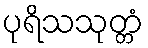
ပုရိသသုတ္တံ